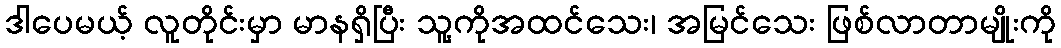
ဒါပေမယ့် လူတိုင်းမှာ မာနရှိပြီး သူ့ကိုအထင်သေး၊ အမြင်သေး ဖြစ်လာတာမျိုးကို